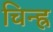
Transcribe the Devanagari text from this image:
चिन्ह्र